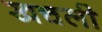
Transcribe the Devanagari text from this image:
खचली